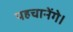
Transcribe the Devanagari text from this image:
पहचानेंगे।